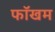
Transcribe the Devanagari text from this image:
फॉखम